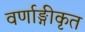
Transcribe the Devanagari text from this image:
वर्णाङ्गीकृत